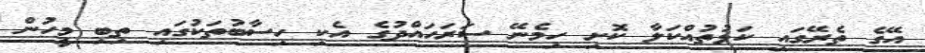
އޭގެ ތެރޭގައި ކަޅުތުއްކަލާ ކޮށި ހިމެނޭ ސަރަހައްދުގެ އެކި ހިސާބުތަކުގައި ތިބި މީހުން